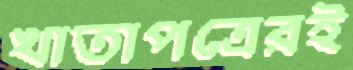
খাতাপত্রেরই